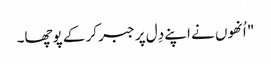
" اُنھوں نے اپنے دِل پر جبر کر کے پوچھا۔